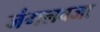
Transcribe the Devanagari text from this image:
जंगलवजा